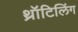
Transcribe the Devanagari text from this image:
थ्रॉटिलिंग